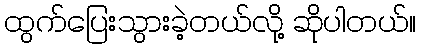
ထွက်ပြေးသွားခဲ့တယ်လို့ ဆိုပါတယ်။